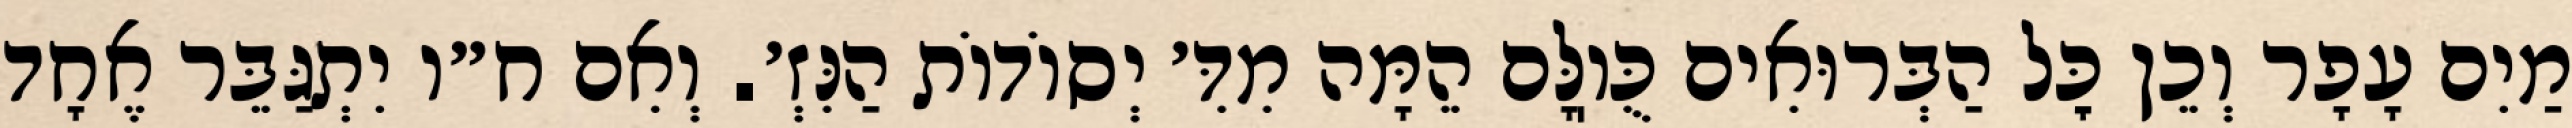
מַיִם עָפָר וְכֵן כׇּל הַבְּרוּאִים כֻּוֽלָּם הֵמָּה מִדִּ׳ יְסוֹדוֹת הַנִּזְ׳. וְאִם ח״ו יִתְגַּבֵּר אֶחָד